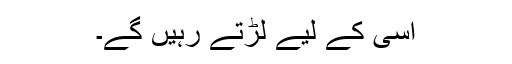
اسی کے لیے لڑتے رہیں گے۔